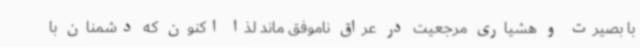
با بصیرت و هشیاری مرجعیت در عراق ناموفق ماند لذا اکنون که دشمنان با